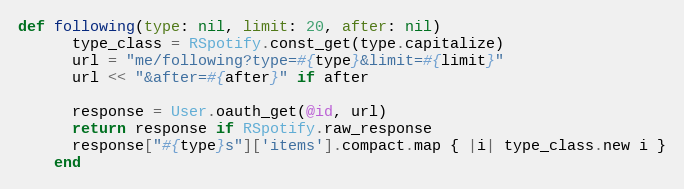
Language: Ruby
def following(type: nil, limit: 20, after: nil)
      type_class = RSpotify.const_get(type.capitalize)
      url = "me/following?type=#{type}&limit=#{limit}"
      url << "&after=#{after}" if after

      response = User.oauth_get(@id, url)
      return response if RSpotify.raw_response
      response["#{type}s"]['items'].compact.map { |i| type_class.new i }
    end